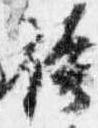
袴